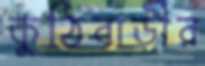
কুঠিবাড়ীর